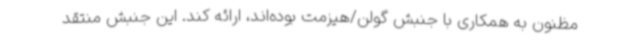
مظنون به همکاری با جنبش گولن/هیزمت بوده‌اند، ارائه کند. این جنبش منتقد